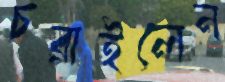
চরাইলেন